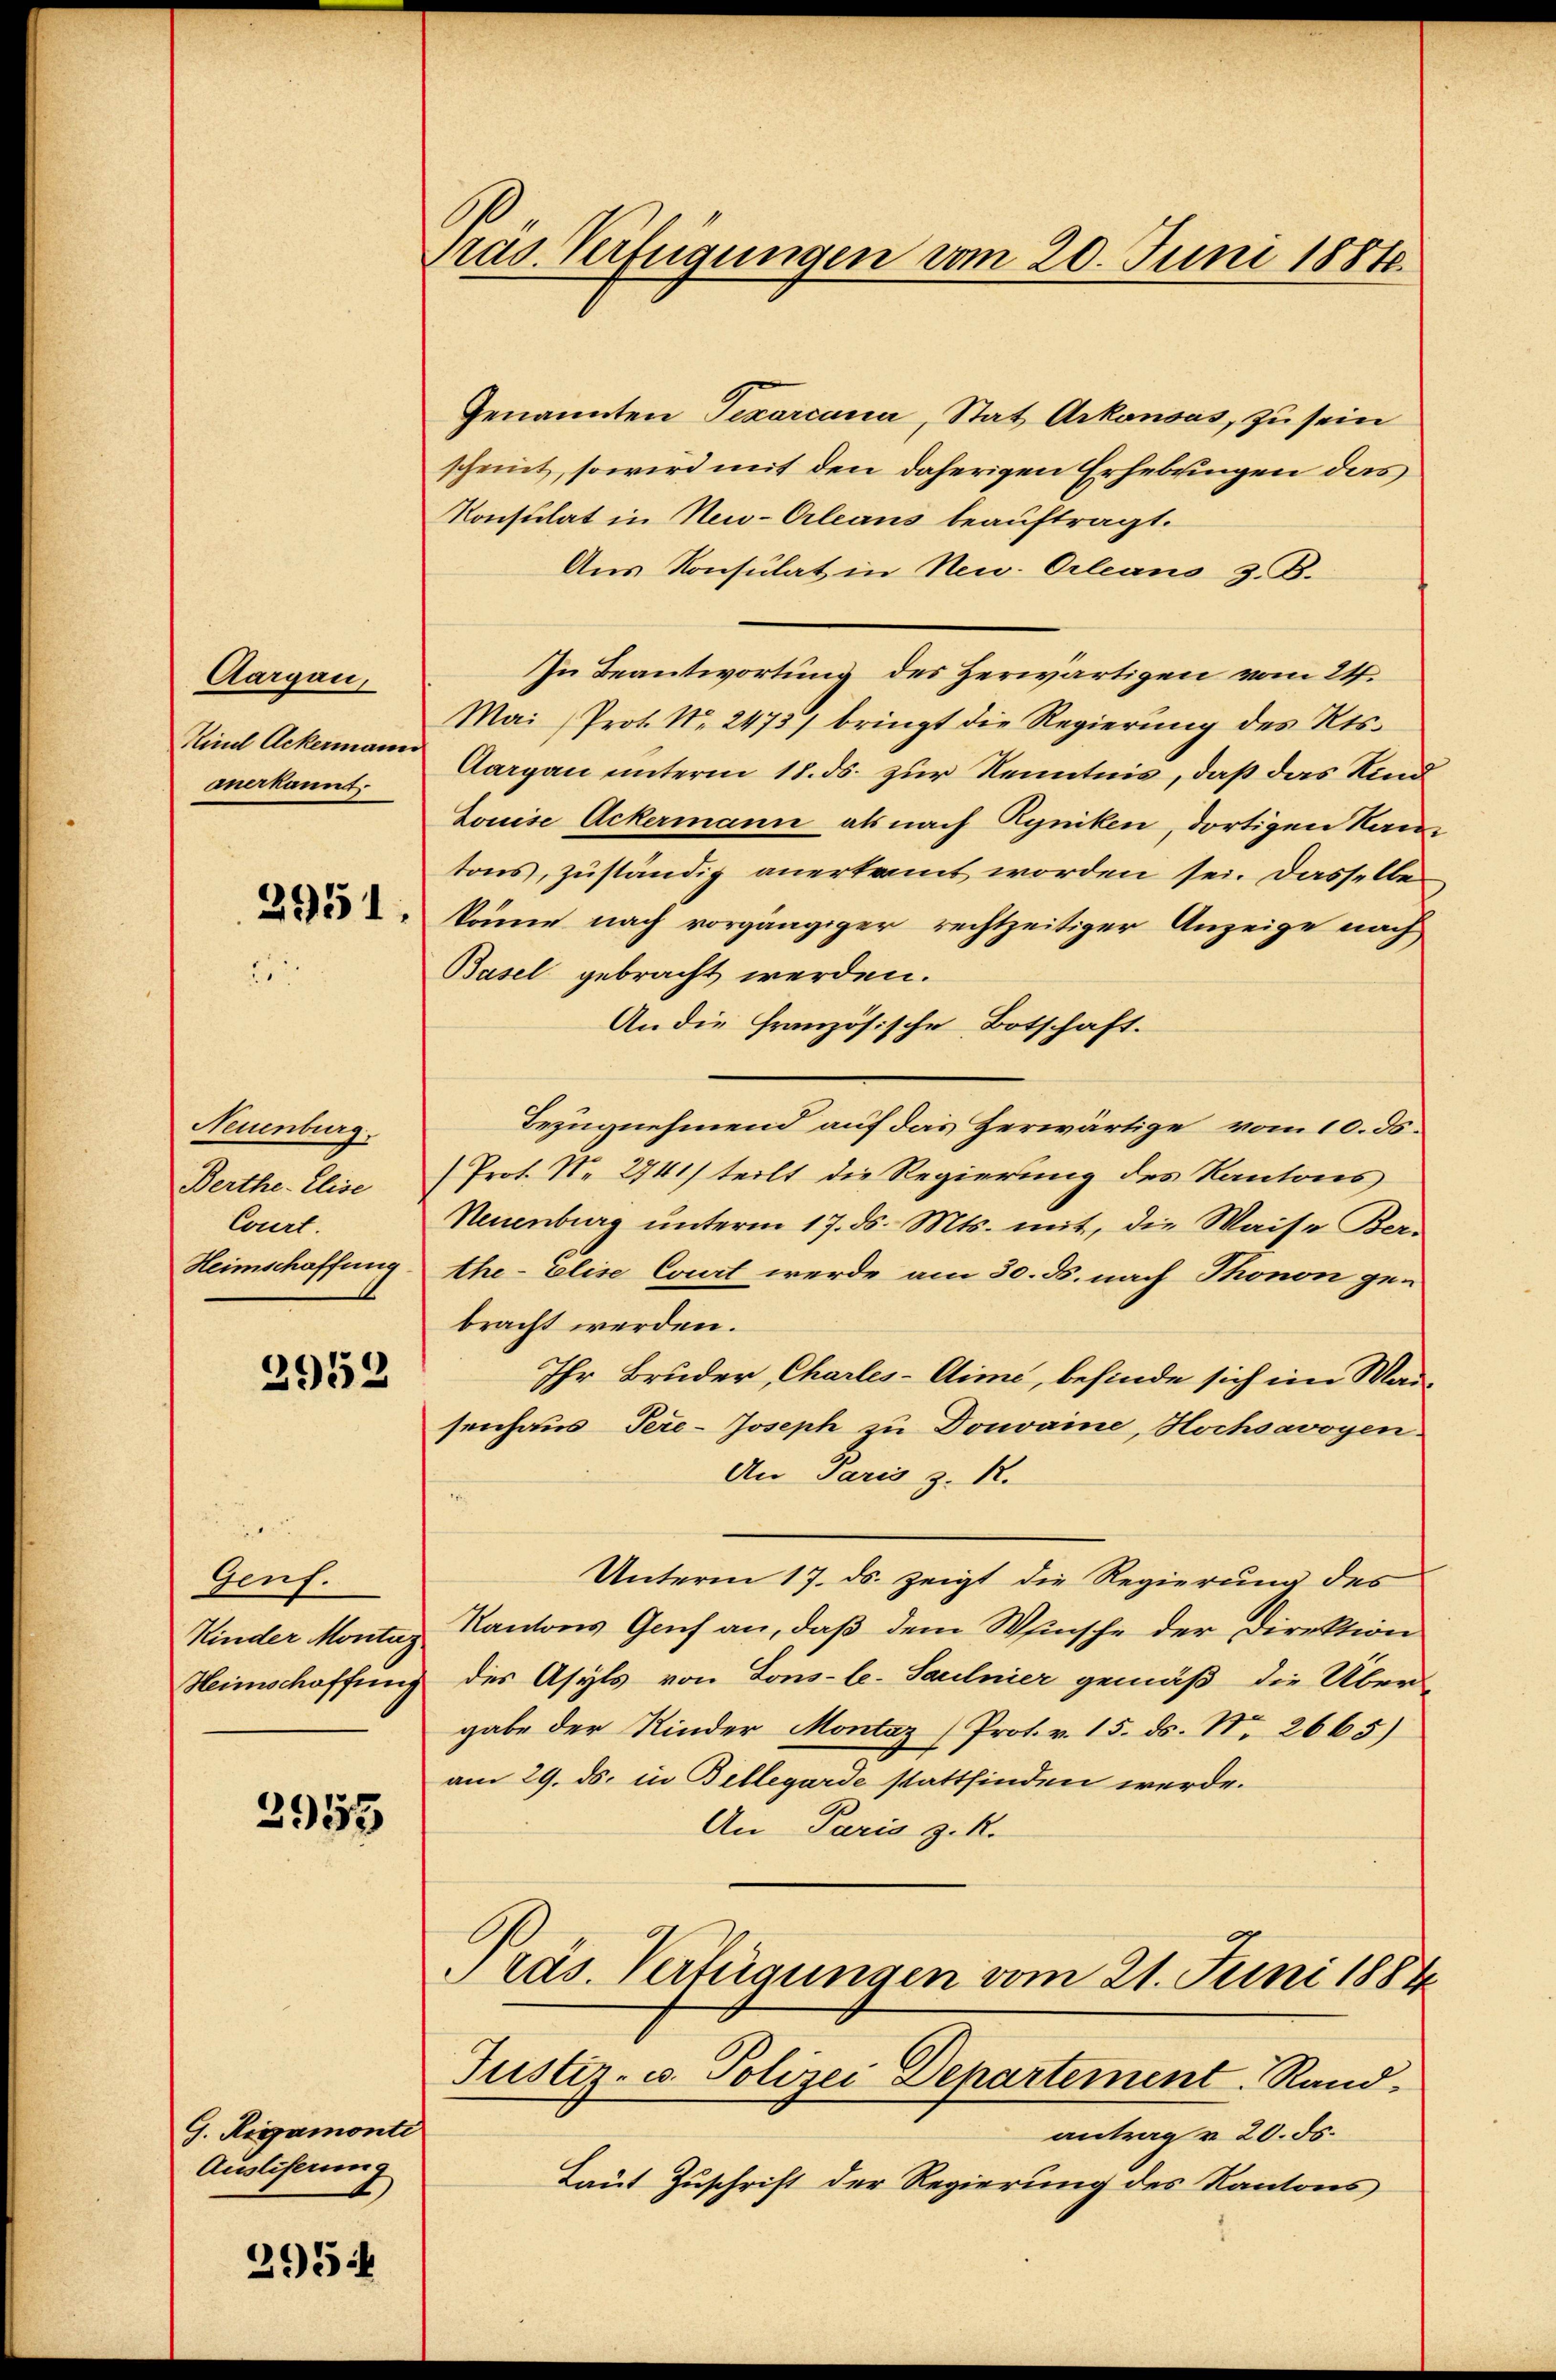
Aargau,
Kind Ackermann
anerkannt.
2951

Neuenburg
Berthe- Elise
Court.
Heimschaffung

2952

Genf.
Kinder Montag
Heimschaffung

2955

G. Rigamonte
Auslieferung

2954

pras. Verfügungen vom 20. Juni 1884.

Genannten Texarcana, Stat Arkausas, zu sein
scheint, so wird mit den daherigen Erhebungen das
Konsulat in Neu-Orleans beauftragt.
Aus Konsulat in New-Orleans z. B.
In Beantwortung des Herwärtigen vom 24.
Mai (Prot. Nr. 2473) bringt die Regierŭng des Kts.
Aargau unterm 18. ds. zur Kenntnis, daß das Kind¬
Louise Ackermann als nach Ryniken, dortigen Nam
tons, zuständig anerkannt worden sei. Dasselbe
könne nach vorgängiger rechtzeitiger Anzeige nach
Basel gebracht werden.
An die französische Botschaft.
Bezugnehmend auf das Herwärtige vom 10. ds.
(Prot. N. 2741) teilt die Regierung des Kantons
Neuenburg unterm 17. ds. Mts. mit, die Waise Ber-
the- Elise Court werde am 30. ds. nach Thonon ge-
bracht werden.
Ihr Bruder, Charles-Aime, befinde sich im Mai-
senhaus Tere-Joseph zu Donvaine, Hochsavoyen.
An Paris z. R.
Unterm 17. ds. zeigt die Regierung des
Kantons Genf an, daß dem Wunsche der Direktion
des Asyls von Lons-le-Salnier gemäß die Über-
gabe der Kinder Montaz (Prot. v. 15. ds. No. 2665)
am 29. ds. in Bellegarde stattfinden werde.
An Paris z. R.
Präs. Verfügungen vom 21. Juni 1884
Justiz- u. Polizei Departement Rand
antrag v. 20. ds.
Laut Zuschrift der Regierung des Kantons